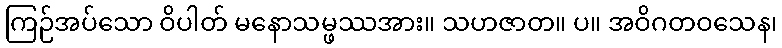
ကြဉ်အပ်သော ဝိပါတ် မနောသမ္ဖဿအား။ သဟဇာတ။ ပ။ အဝိဂတဝသေန၊